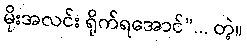
မိုးအလင်း ရိုက်ရအောင်”... တဲ့။